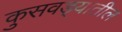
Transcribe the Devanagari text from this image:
कुसवड्यातील